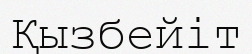
Қызбейіт